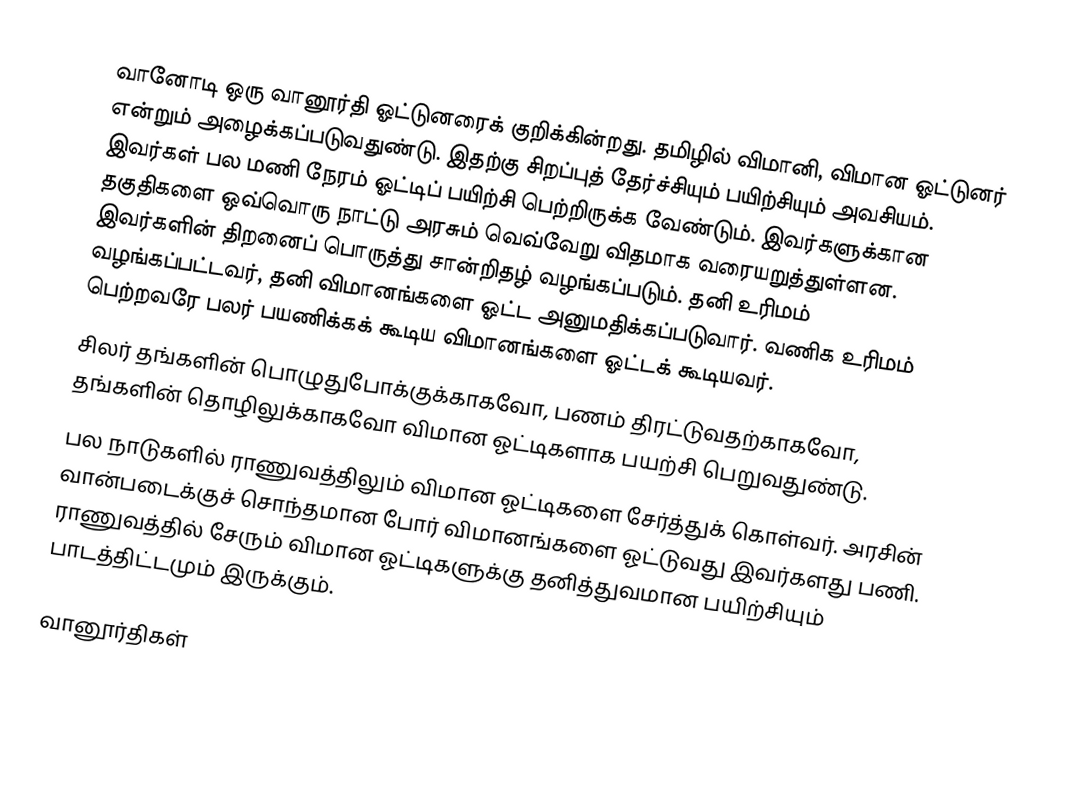
வானோடி ஒரு வானூர்தி ஓட்டுனரைக் குறிக்கின்றது. தமிழில் விமானி, விமான ஓட்டுனர் என்றும் அழைக்கப்படுவதுண்டு. இதற்கு சிறப்புத் தேர்ச்சியும் பயிற்சியும் அவசியம். இவர்கள் பல மணி நேரம் ஓட்டிப் பயிற்சி பெற்றிருக்க வேண்டும். இவர்களுக்கான தகுதிகளை ஒவ்வொரு நாட்டு அரசும் வெவ்வேறு விதமாக வரையறுத்துள்ளன. இவர்களின் திறனைப் பொருத்து சான்றிதழ் வழங்கப்படும். தனி உரிமம் வழங்கப்பட்டவர், தனி விமானங்களை ஓட்ட அனுமதிக்கப்படுவார். வணிக உரிமம் பெற்றவரே பலர் பயணிக்கக் கூடிய விமானங்களை ஓட்டக் கூடியவர்.
சிலர் தங்களின் பொழுதுபோக்குக்காகவோ, பணம் திரட்டுவதற்காகவோ, தங்களின் தொழிலுக்காகவோ விமான ஓட்டிகளாக பயற்சி பெறுவதுண்டு.
பல நாடுகளில் ராணுவத்திலும் விமான ஓட்டிகளை சேர்த்துக் கொள்வர். அரசின் வான்படைக்குச் சொந்தமான போர் விமானங்களை ஓட்டுவது இவர்களது பணி. ராணுவத்தில் சேரும் விமான ஓட்டிகளுக்கு தனித்துவமான பயிற்சியும் பாடத்திட்டமும் இருக்கும்.

வானூர்திகள்